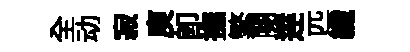
全动寂庾卽撫繁闋逹匹纖